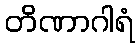
တိဏာဂါရံ